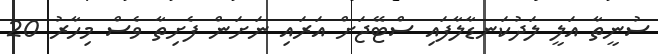
ސުނީތާ އަލީ ލަދުކަނޑާލާފައި ސްޓޭޖަށް އަރައި ނަށަން ފެށިތާ ވެސް މިހާރު 20